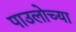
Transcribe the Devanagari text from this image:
पाउलोच्या